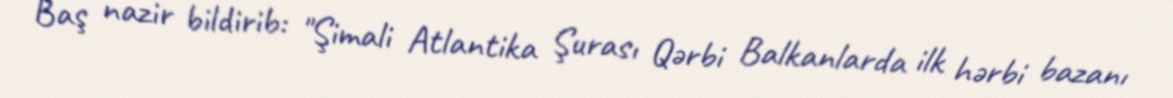
Baş nazir bildirib: "Şimali Atlantika Şurası Qərbi Balkanlarda ilk hərbi bazanı